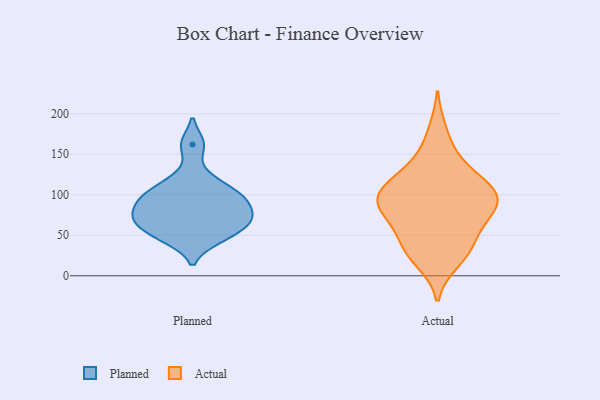
{"axis": {"x": "Shipments", "y": "Value"}, "legend": ["Actual", "Planned"], "data": [{"x": "", "y": 69, "type": "Planned"}, {"x": "", "y": 67, "type": "Planned"}, {"x": "", "y": 119, "type": "Planned"}, {"x": "", "y": 46, "type": "Planned"}, {"x": "", "y": 94, "type": "Planned"}, {"x": "", "y": 50, "type": "Planned"}, {"x": "", "y": 102, "type": "Planned"}, {"x": "", "y": 162, "type": "Planned"}, {"x": "", "y": 81, "type": "Planned"}, {"x": "", "y": 97, "type": "Planned"}, {"x": "", "y": 70, "type": "Planned"}, {"x": "", "y": 90, "type": "Actual"}, {"x": "", "y": 114, "type": "Actual"}, {"x": "", "y": 102, "type": "Actual"}, {"x": "", "y": 90, "type": "Actual"}, {"x": "", "y": 108, "type": "Actual"}, {"x": "", "y": 19, "type": "Actual"}, {"x": "", "y": 70, "type": "Actual"}, {"x": "", "y": 27, "type": "Actual"}, {"x": "", "y": 76, "type": "Actual"}, {"x": "", "y": 74, "type": "Actual"}, {"x": "", "y": 112, "type": "Actual"}, {"x": "", "y": 96, "type": "Actual"}, {"x": "", "y": 178, "type": "Actual"}, {"x": "", "y": 147, "type": "Actual"}, {"x": "", "y": 92, "type": "Actual"}, {"x": "", "y": 32, "type": "Actual"}, {"x": "", "y": 48, "type": "Actual"}, {"x": "", "y": 38, "type": "Actual"}, {"x": "", "y": 132, "type": "Actual"}]}